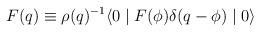
LaTeX: \begin{align*}F(q) \equiv \rho(q)^{-1} \langle 0 \mid F(\phi) \delta(q-\phi) \mid 0 \rangle\end{align*}